Report on vaccination in Madras 1922-1929 - 1922-1929
Year: 1922
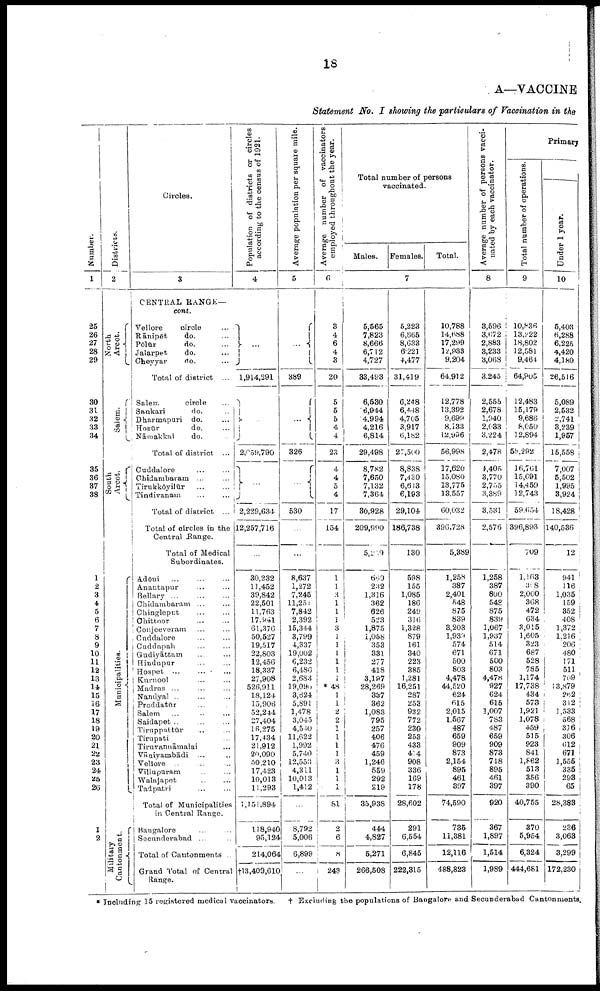
18
A—VACCINE
Statement No. I showing the particulars of Vaccination in the
Number.
1
25
26
27
28
29
30
31
32
33
34
35
36
37
38
1
2
3
4
5
6
7
8
9
10
11
12
13
14
15
16
17
18
19
20
21
22
23
24,
25
26
1
2
Districts.
2
North
Arcot.
Salem.
South
Arcot.
Municipalities.
Military
Cantonment.
Circles.
3
CENTRAL RANGE—
cont.
Vellore
circle ...
Rānipēt
do. ...
Pōlūr
do. ...
Jalarpet.
do. ...
Cheyyar
do. ...
Total of district ...
Salem
circle ...
Sankari
do. ...
Dharmapuri do. ...
Hosūr
do. ...
Nāmakkal
do. ...
Total of district ...
Cuddalore ... ...
Chidambaram ... ...
Tirukkōyilūr
...
...
Tindivanam ... ...
Total of district ...
Total of circles in the
Central Range.
Total of Medical
Subordinates.
Adōni ... ... ...
Anantapur ... ...
Bellary ... ... ...
Chidambaram ... ...
Chingleput ... ...
Chittoor ... ...
Conjeeveram ... ...
Cuddalore ... ...
Cuddapah ... ...
Gudiyāttam ... ...
Hindupur ... ...
Hospet ... ... ...
Kurnool ... ...
Madras ... ... ...
Nandyal ... ... ...
Proddatūr ... ...
Salem ... ... ...
Saidapet ... ... ...
Tiruppattūr ... ...
Tirupati ...
Tiruvannāmalai ...
Vāniyambādi ...
Vellore ... ... ...
Villupuram ... ...
Walajapet ... ...
Tadpatri ... ...
Total of Municipalities
in Central Range.
Bangalore ... ...
Secunderabad ... ...
Total of Cantonments ..
Grand Total of Central
Range.
Population of districts or circles
according to the census of 1921.
4
...
1,914,291
...
2,059,790
...
2,229,634
12,257,716
...
30,232
11,452
39,842
22,501
11,763
17,841
61,376
50,527
19,517
22,803
12,456
18,337
27,908
526,911
18,124
15,906
52,244
27,404
16,275
17,434
21,912
20,090
50,210
17,423
10,013
11,293
1,151,894
118,940
95,124
214,064
†13,409,6l0
Average population per square mile.
5
...
389
...
326
...
530
...
...
8,637
1,272
7,245
11,251
7,842
2,392
15,344
3,799
4,337
19,002
6,232
6,486
2,683
19,096
3,624
5,891
1,478
3,045
4,540
11,622
1,992
5,740
12,553
4,311
10,013
1,412
...
8,792
5,006
6,899
...
Average number of vaccinators
employed throughout the year.
6
3
4
6
4
3
20
5
5
5
4
4
23
4
4
5
4
17
154
...
1
1
3
1
1
1
3 1
1
1
1
1
1
*48
1
1
2
2
1
1
1
1
3
1
1
1
81
2
6
8
243
Total number of persons
vaccinated.
Males.
Females.
Total.
7
5,565
7,823
8,666
6,712
4,727
83,493
6,530
6,944
4,994
4,216
6,814
29,498
8,782
7,650
7,132
7,364
30,928
209,990
5,239
689
232
1,316
362
626
523
1,875
1,058
353
331
277
418
3,197
28,269
337
362
1,083
795
257
406
476
459
1,246
559
292
219
35,938
444
4,827
5,271
266,508
5,223
6,865
8,633
6,221
4,477
31,419
6,248
6,448
4,705
3,917
6,182
27,500
8,838
7,430
6,643
6,193
29,104
186,738
130
598
155
1,085
186
249
316
1,328
879
161
340
223
385
1,281
16,251
287
253
932
772
230
253
433
414
908
336
169
178
28,602
291
6,554
6,845
222,315
10,788
14,688
17,299
12,933
9,204
64,912
12,778
13,392
9,699
8,133
12,996
56,998
17,620
15,080
13,775
13,557
60,032
396,728
5,389
1,258
387
2,401
548
875
839
3,203
1,939
574
671
500
803
4,478
44,520
624
615
2,015
1,567
487
659
909
873
2,154
895
461
397
74,590
735
11,381
12,116
488,823
Average number of persons vacci
nated by each vaccinator.
8
3,596
3,672
2,883
3,233
3,068
3,245
2,555
2,678
1,940
2,033
3,224
2,478
4,405
3,770
2,755
3,389
3,531
2,576
1,258
387
800
548
875
839
1,067
1,937
514
671
500
803
4,478
927
624
615
1,007
783
487
659
909
873
718
895
461
397
920
367
1,897
1,514
1,989
Primary
Total number of operations.
9
10,836
13,222
18,802
12,581
9,464
64,905
12,483
15,179
9,686
8,050
12,894
58,292
16,761
15,691
14,459
12,743
59,654
396,893
709
1,163
398
2,000
368
472
634
3,015
1,605
323
687
528
785
1,174
17,738
434
573
1,921
1,078
459
515
923
841
1,862
513
356
390
40,755
370
5,954
6,324
444,681
Under 1 year.
10
5,403
6,288
6,225
4,420
4,180
26,516
5,089
2,532
2,741
3,239
1,957
15,558
7,007
5,502
1,995
3,924
18,428
140,536
12
941
116
1,035
159
352
408
1,372
1,216
206
480
171
511
709
13,879
262
312
1,533
568
316
306
612
671
1,555
335
293
65
28,383
236
3,068
3,299
172,230
* Including 15 registered medical vaccinators.
† Excluding the populations of Bangalore and Secunderabad Cantonments.